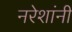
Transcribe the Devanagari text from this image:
नरेशांनी